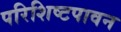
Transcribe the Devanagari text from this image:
परिशिष्टपावन